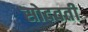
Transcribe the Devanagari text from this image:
सोदवती